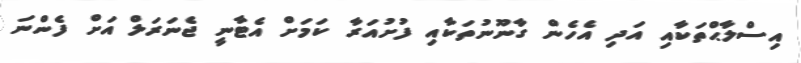
އިސްލާޙްތަކާއި އަދި އެހެން ގާނޫނުތަކާއި ފުށުއަރާ ކަމަށް އެޓާނީ ޖެނަރަލް އަށް ފެންނަ